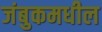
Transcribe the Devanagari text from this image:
जंबुकमधील